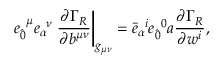
e _ { \hat { 0 } } ^ { \; \; \mu } e _ { \alpha } ^ { \; \; \nu } \left. \frac { \partial \Gamma _ { R } } { \partial b ^ { \mu \nu } } \right| _ { g _ { \mu \nu } } = { \bar { e } } _ { \alpha } ^ { \; \; i } { e } _ { \hat { 0 } } ^ { \; \; 0 } a \frac { \partial \Gamma _ { R } } { \partial w ^ { i } } ,